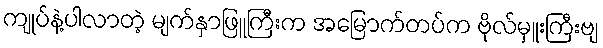
ကျုပ်နဲ့ပါလာတဲ့ မျက်နှာဖြူကြီးက အမြောက်တပ်က ဗိုလ်မှူးကြီးဗျ